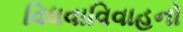
વિધવાવિવાહનો